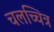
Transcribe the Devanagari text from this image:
चलच्चित्र